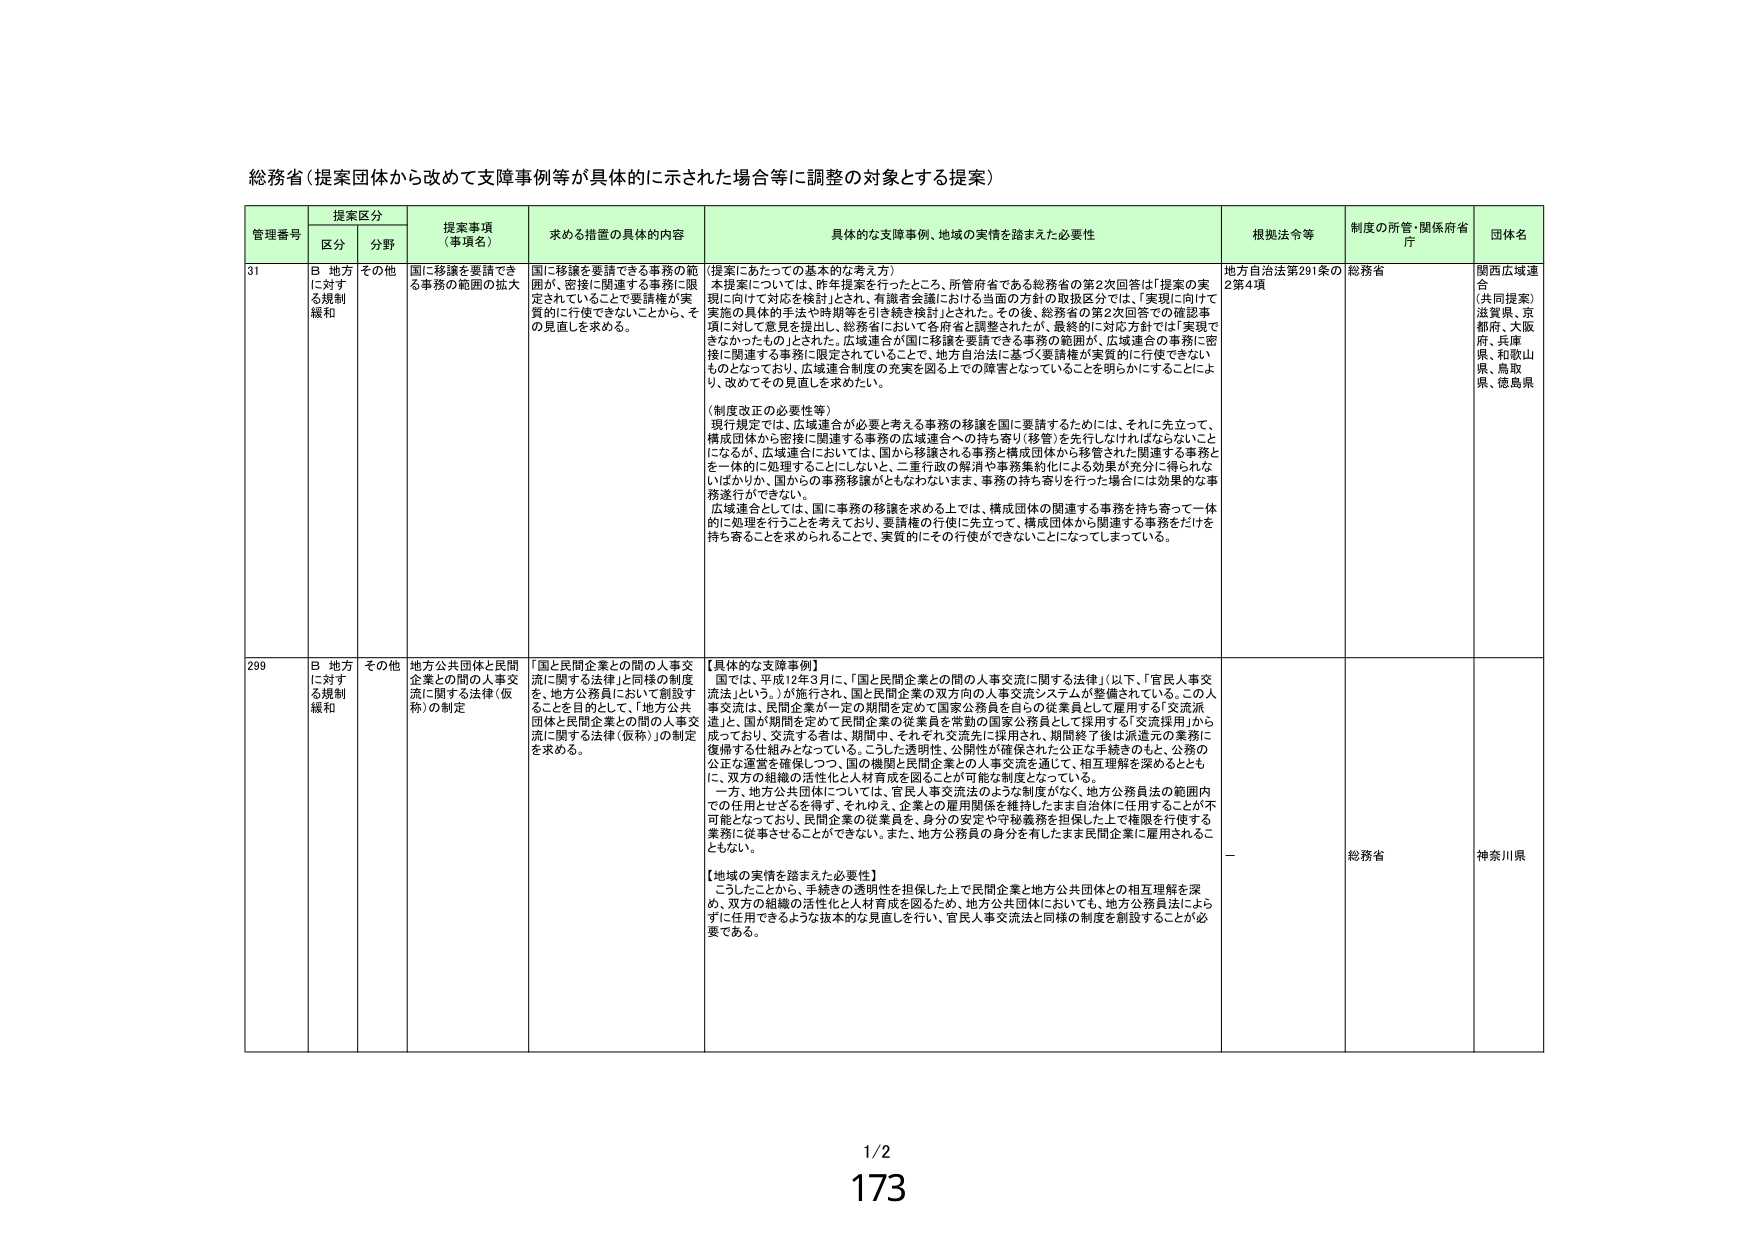
総務省（提案団体から改めて支援事例等が具体的に示された場合等に調整の対象とする提案）

管理番号 提案区分 提案事項（事項名） 求める措置の具体的内容 具体的な支援事例、地域の実情を踏まえた必要性 根拠法令等 制度の所管・関係府省庁 団体名
区分 分野

31 B 地方に対する規制緩和 その他 国に移譲を要請できる事務の範囲の拡大 国に移譲を要請できる事務の範囲が、密接に関連する事務に限定されていることで要請権が実質的に行使できないことから、その見直しを求める。 （提案にあたっての基本的な考え方） 本提案については、昨年提案を行ったところ、所管府省である総務省の第2次回答は「提案の実現に向けて対応を検討」とされ、有識者会議における当面の方針の取扱区分では、「実現に向けて実施の具体的手法や時期等を引き続き検討」とされた。その後、総務省の第2次回答での確認事項に対して意見を提出し、総務省において各府省と調整されたが、最終的に対応方針では「実現できなかったもの」とされた。広域連合が国に移譲を要請できる事務の範囲が、広域連合の事務に密接に関連する事務に限定されていることで、地方自治法に基づく要請権が実質的に行使できないものとなっており、広域連合制度の充実を図る上での障害となっていることを明らかにすることにより、改めてその見直しを求めたい。 （制度改正の必要性等） 現行規定では、広域連合が必要と考える事務の移譲を国に要請するためには、それに先立って、構成団体から密接に関連する事務の広域連合への持ち寄り（移管）を先行しなければならないことになるが、広域連合においては、国から移譲される事務と構成団体から移管された関連する事務を一体的に処理することにしない、二重行政の解消や事務集約化による効果が充分に得られないばかりか、国からの事務移譲がともなわないまま、事務の持ち寄りを行った場合には効果的な事務遂行ができない。 広域連合としては、国に事務の移譲を求める上では、構成団体の関連する事務を持ち寄って一体的に処理を行うことを考えており、要請権の行使に先立って、構成団体から関連する事務をだれを持ち寄ることを求められることで、実質的にその行使ができなくなってしまっている。 地方自治法第291条の2第4項 総務省 関西広域連合 （共同提案） 滋賀県、京都府、大阪府、兵庫県、和歌山県、鳥取県、徳島県

299 B 地方に対する規制緩和 その他 地方公共団体と民間企業との間の人事交流に関する法律（仮称）の制定 「国と民間企業との間の人事交流に関する法律」と同様の制度を、地方公務員において創設することを目的として、「地方公共団体と民間企業との間の人事交流に関する法律（仮称）」の制定を求める。 【具体的な支援事例】 国では、平成12年3月に、「国と民間企業との間の人事交流に関する法律」（以下、「官民人事交流法」という。）が施行され、国と民間企業の双方向の人事交流システムが整備されている。この人事交流は、民間企業が一定の期間を定めて民間企業を常勤の国家公務員を自らの従業員として雇用する「交流派遣」と、国が期間を定めて民間企業の従業員を常勤の国家公務員として採用する「交流採用」から成っており、交流する者は、期間中、それぞれ交流先に採用され、期間終了後は派遣元の業務に復帰する仕組みとなっている。こうした透明性、公開性が確保された公正な手続きのもと、公務の公正な運営を確保しつつ、国の機関と民間企業との人事交流を通じて、相互理解を深めるとともに、双方の組織の活性化と人材育成を図ることが可能な制度となっている。 一方、地方公共団体については、官民人事交流法のような制度がなく、地方公務員法の範囲内での任用とせざるを得ず、それゆえ、企業との雇用関係を維持したまま自治体に任用することが不可能となっており、民間企業の従業員を、身分の安定や守秘義務を担保した上で権限を行使する業務に従事させることができない。また、地方公務員の身分を有したまま民間企業に雇用されることもない。 【地域の実情を踏まえた必要性】 こうしたことから、手続きの透明性を担保した上で民間企業と地方公共団体との相互理解を深め、双方の組織の活性化と人材育成を図るため、地方公共団体においても、地方公務員法によらずに任用できるような抜本的な見直しを行い、官民人事交流法と同様の制度を創設することが必要である。 － 総務省 神奈川県

1/2
173